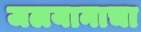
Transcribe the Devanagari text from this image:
जलयानाचा